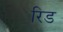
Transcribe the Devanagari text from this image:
रिड